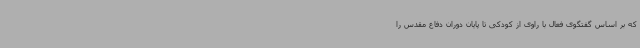
که بر اساس گفتگوی فعال با راوی از کودکی تا پایان دوران دفاع مقدس را